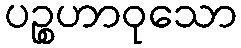
ပဉ္စဟာဝုသော